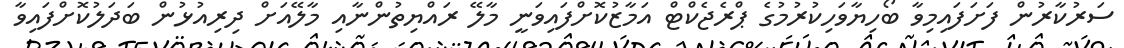
ސަރުކާރުން ފަށަފައިމިވާ ބޯހިޔާވަހިކުރުމުގެ ޕްރެޖެކްޓް އަމާޒުކޮށްފައިވަނީ މާާލޭ ރައްޔިތުންނާއި މާލޭއަށް ދިރިއުޅުން ބަދަލުކޮށްފައިވާ